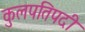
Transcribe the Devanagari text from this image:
कुलपतिपदी